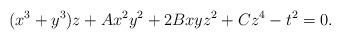
LaTeX: \begin{align*}(x^3 + y^3)z + Ax^2y^2 + 2Bxyz^2 + Cz^4 - t^2 = 0.\end{align*}